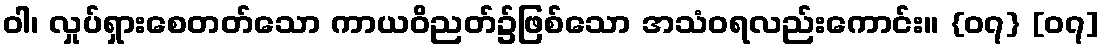
ဝါ၊ လှုပ်ရှားစေတတ်သော ကာယဝိညတ်၌ဖြစ်သော အသံဝရလည်းကောင်း။ {၀၇} [၀၇]